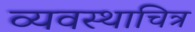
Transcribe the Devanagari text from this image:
व्यवस्थाचित्र